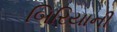
બિરિયાની